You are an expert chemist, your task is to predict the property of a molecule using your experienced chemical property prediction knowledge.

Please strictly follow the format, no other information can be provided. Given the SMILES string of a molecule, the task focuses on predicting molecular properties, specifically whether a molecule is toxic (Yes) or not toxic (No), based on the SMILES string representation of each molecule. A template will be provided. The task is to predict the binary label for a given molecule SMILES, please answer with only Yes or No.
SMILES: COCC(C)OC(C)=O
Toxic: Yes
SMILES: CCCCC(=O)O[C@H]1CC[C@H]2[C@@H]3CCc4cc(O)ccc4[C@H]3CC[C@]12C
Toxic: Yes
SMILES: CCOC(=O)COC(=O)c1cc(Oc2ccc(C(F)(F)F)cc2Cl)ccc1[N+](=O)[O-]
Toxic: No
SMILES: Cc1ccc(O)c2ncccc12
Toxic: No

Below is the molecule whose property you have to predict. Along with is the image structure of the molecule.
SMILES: Cc1oc(C)c(C(=O)Nc2ccccc2)c1C
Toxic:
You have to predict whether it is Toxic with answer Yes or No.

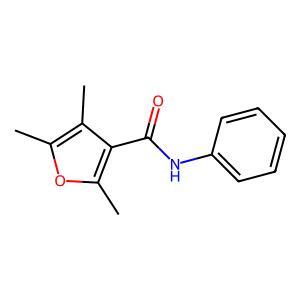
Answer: No